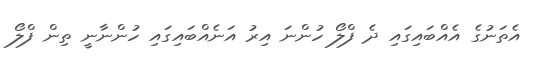
އެތަނުގެ އެއްބައިގައި ދެ ފްލޯ ހުންނަ އިރު އަނެއްބައިގައި ހުންނާނީ ތިން ފްލޯ